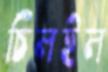
চিলইল